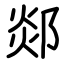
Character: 郯